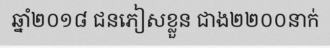
ឆ្នាំ២០១៨ ជនភៀសខ្លួន ជាង២២០០នាក់